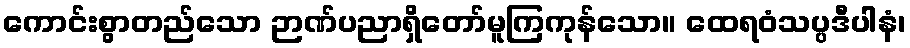
ကောင်းစွာတည်သော ဉာဏ်ပညာရှိတော်မူကြကုန်သော။ ထေရဝံသပ္ပဒီပါနံ၊